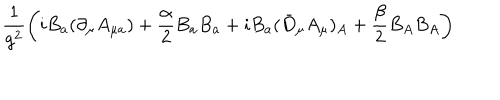
\frac { 1 } { g ^ { 2 } } \left( i B _ { a } ( \partial _ { \mu } A _ { \mu a } ) + \frac { \alpha } { 2 } B _ { a } B _ { a } + i B _ { a } ( \bar { D } _ { \mu } A _ { \mu } ) _ { A } + \frac { \beta } { 2 } B _ { A } B _ { A } \right)